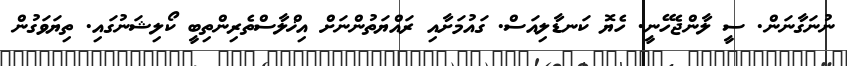
ނުނަގާނަން. ސީ ލާންޖެހޭނީ. ހެޔޮ ކަނޑާލިއަސް. ގައުމަށާއި ރައްޔަތުންނަށް އިޚްލާސްތެރިންތިބީ ކޯލިޝަނުގައި. ތިޔަވަގުން